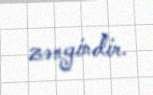
zəngindir.